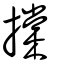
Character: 𢴤